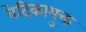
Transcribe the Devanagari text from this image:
वेदिकायुक्त